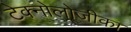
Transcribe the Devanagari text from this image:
टेक्नोलोजीका